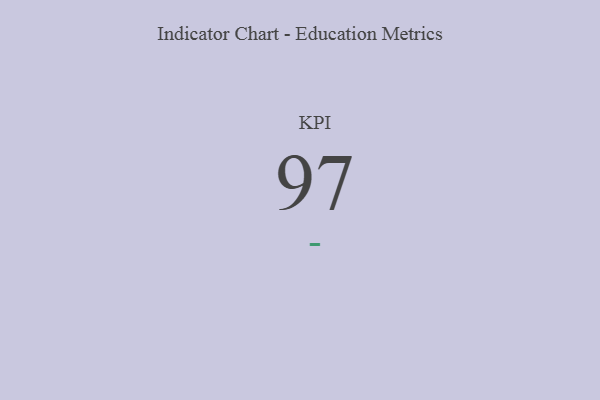
{"axis": {"x": "KPI", "y": "Value"}, "legend": [""], "data": [{"x": "KPI", "y": 97, "type": ""}]}